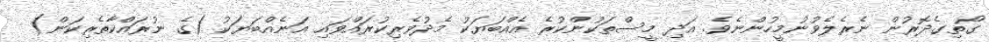
ގޯތިގެދޮރުން ނެރެލެވުނުމީހުންނެވެ. އަދި މީސްތަކުންކުރެ އެއްބަޔަކު މެދުވެރިކުރައްވައި އަނެއްބަޔަކު (ގެ ނުރައްކާތެރިކަން)